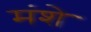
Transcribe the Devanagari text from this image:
मंशे